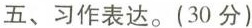
五、习作表达。(30分)